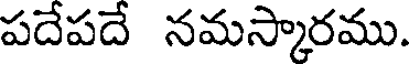
పదేపదే నమస్కారము.